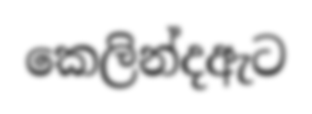
කෙලින්දඇට